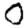
Digit: 0